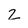
Character: Z